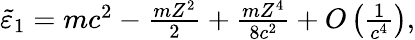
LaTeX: \begin{array}{r}{\tilde{\varepsilon}_{1}=mc^{2}-\frac{mZ^{2}}{2}+\frac{mZ^{4}}{8c^{2}}+O\left(\frac{1}{c^{4}}\right),}\end{array}